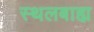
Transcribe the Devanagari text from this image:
स्थलबाह्य